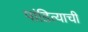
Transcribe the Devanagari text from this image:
पांडित्याची